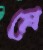
প্রে